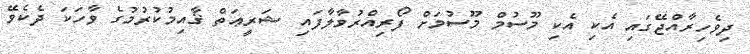
ދިވެހިރާއްޖޭގައި އެކި އެކި މޫސުމް މޫސުމަށް ފޯރިއްރުވާލާފައި ޝަރީޢަތް ޤާއިމުކުރުމުގެ ވާހަކަ ދެކެވޭ